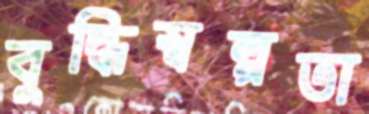
বুদ্ধিস্বল্পতা